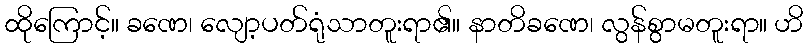
ထိုကြောင့်။ ခဏေ၊ လျော့ပတ်ရုံသာတူးရာ၏။ နာတိခဏေ၊ လွန်စွာမတူးရာ။ ဟိ